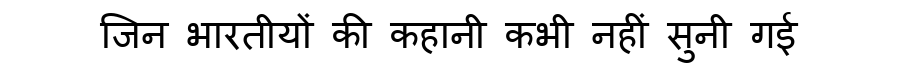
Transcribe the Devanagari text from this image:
जिन भारतीयों की कहानी कभी नहीं सुनी गई